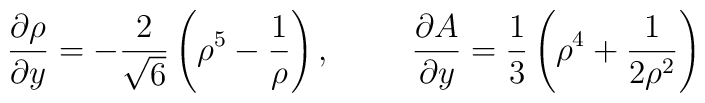
{\partial \rho \over \partial y} =- {2 \over \sqrt{6}} \left(\rho^5 - {1 \over \rho} \right), \hspace{1cm} {\partial A \over \partial y} =  {1 \over 3} \left( \rho^4 + {1 \over 2 \rho^2}\right)